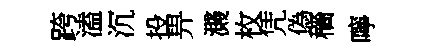
跨溘沉投畀濺枚凭偽穡嚀